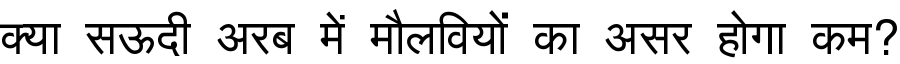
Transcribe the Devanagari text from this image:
क्या सऊदी अरब में मौलवियों का असर होगा कम?